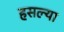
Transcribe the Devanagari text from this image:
हसल्या